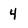
Character: 4